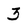
Character: 3